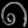
Digit: ၈